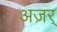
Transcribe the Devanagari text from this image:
अज़र्